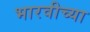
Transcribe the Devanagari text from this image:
भारवीच्या